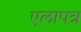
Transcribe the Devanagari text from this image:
एलापत्र